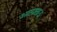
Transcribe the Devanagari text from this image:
आलाताऊ